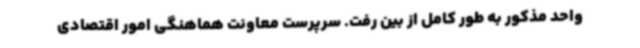
واحد مذکور به طور کامل از بین رفت. سرپرست معاونت هماهنگی امور اقتصادی